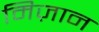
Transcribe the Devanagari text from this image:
मिज़ान